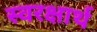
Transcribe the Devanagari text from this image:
स्वरक्षार्थ